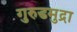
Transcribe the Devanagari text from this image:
गुरुडमुद्रा